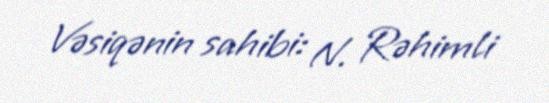
Vəsiqənin sahibi: N. Rəhimli